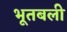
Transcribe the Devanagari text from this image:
भूतबली